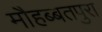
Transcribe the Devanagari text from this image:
मौहब्बतपुरा